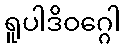
ရူပါဒိဝဂ္ဂေါ